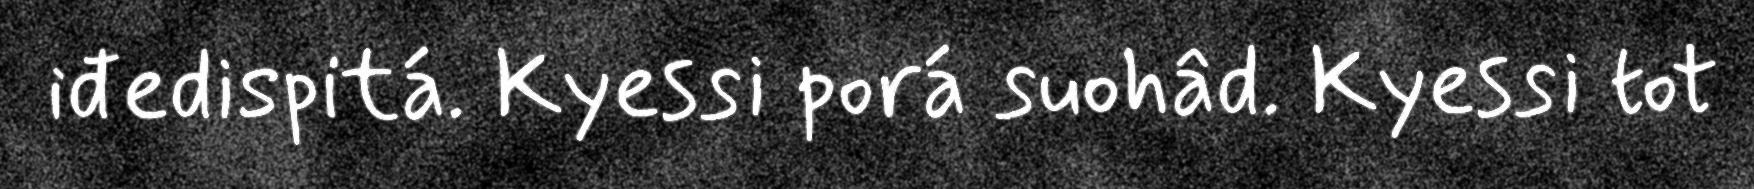
iđedispitá. Kyessi porá suohâd. Kyessi tot